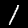
Digit: 1